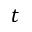
t